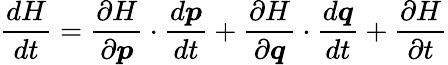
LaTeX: {\frac{dH}{dt}}={\frac{\partial H}{\partial{\boldsymbol{p}}}}\cdot{\frac{d{\boldsymbol{p}}}{dt}}+{\frac{\partial H}{\partial{\boldsymbol{q}}}}\cdot{\frac{d{\boldsymbol{q}}}{dt}}+{\frac{\partial H}{\partial t}}